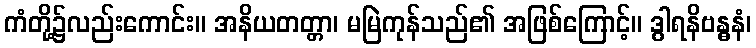
ကံတို့၌လည်းကောင်း။ အနိယတတ္တာ၊ မမြဲကုန်သည်၏ အဖြစ်ကြောင့်။ ဒွါရနိဗန္ဓနံ၊